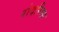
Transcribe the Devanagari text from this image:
रोदरिग्स